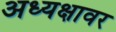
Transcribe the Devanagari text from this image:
अध्यक्षावर